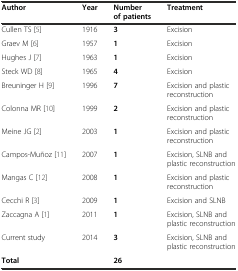
| Author | Year | Number of patients | Treatment |
 | --- | --- | --- | --- |
 | Cullen TS [5] | 1916 | 3 | Excision |
 | Graev M [6] | 1957 | 1 | Excision |
 | Hughes J [7] | 1963 | 1 | Excision |
 | Steck WD [8] | 1965 | 4 | Excision |
 | Breuninger H [9] | 1996 | 7 | Excision and plastic reconstruction |
 | Colonna MR [10] | 1999 | 2 | Excision and plastic reconstruction |
 | Meine JG [2] | 2003 | 1 | Excision and plastic reconstruction |
 | Campos-Muñoz [11] | 2007 | 1 | Excision, SLNB and plastic reconstruction |
 | Mangas C [12] | 2008 | 1 | Excision and plastic reconstruction |
 | Cecchi R [3] | 2009 | 1 | Excision and SLNB |
 | Zaccagna A [1] | 2011 | 1 | Excision, SLNB and plastic reconstruction |
 | Current study | 2014 | 3 | Excision, SLNB and plastic reconstruction |
 | Total |  | 26 |  |